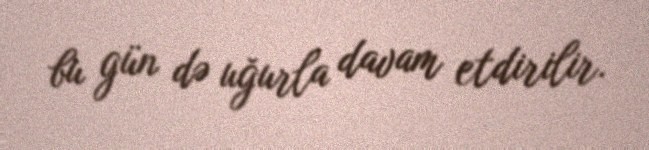
bu gün də uğurla davam etdirilir.